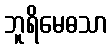
ဘူရိမေဓသာ